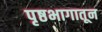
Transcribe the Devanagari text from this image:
पृष्ठभागातून